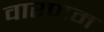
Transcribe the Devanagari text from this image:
वारणम